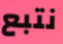
نتبع